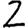
Digit: 2